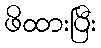
ဖိထားပြီး